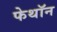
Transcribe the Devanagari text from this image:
फेथॉन